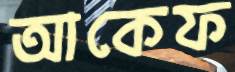
আকেফ